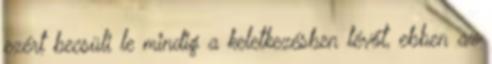
ezért becsüli le mindig a keletkezésben lévőt, ebben az